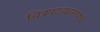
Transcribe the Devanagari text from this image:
चित्रपटव्यवसायाचे